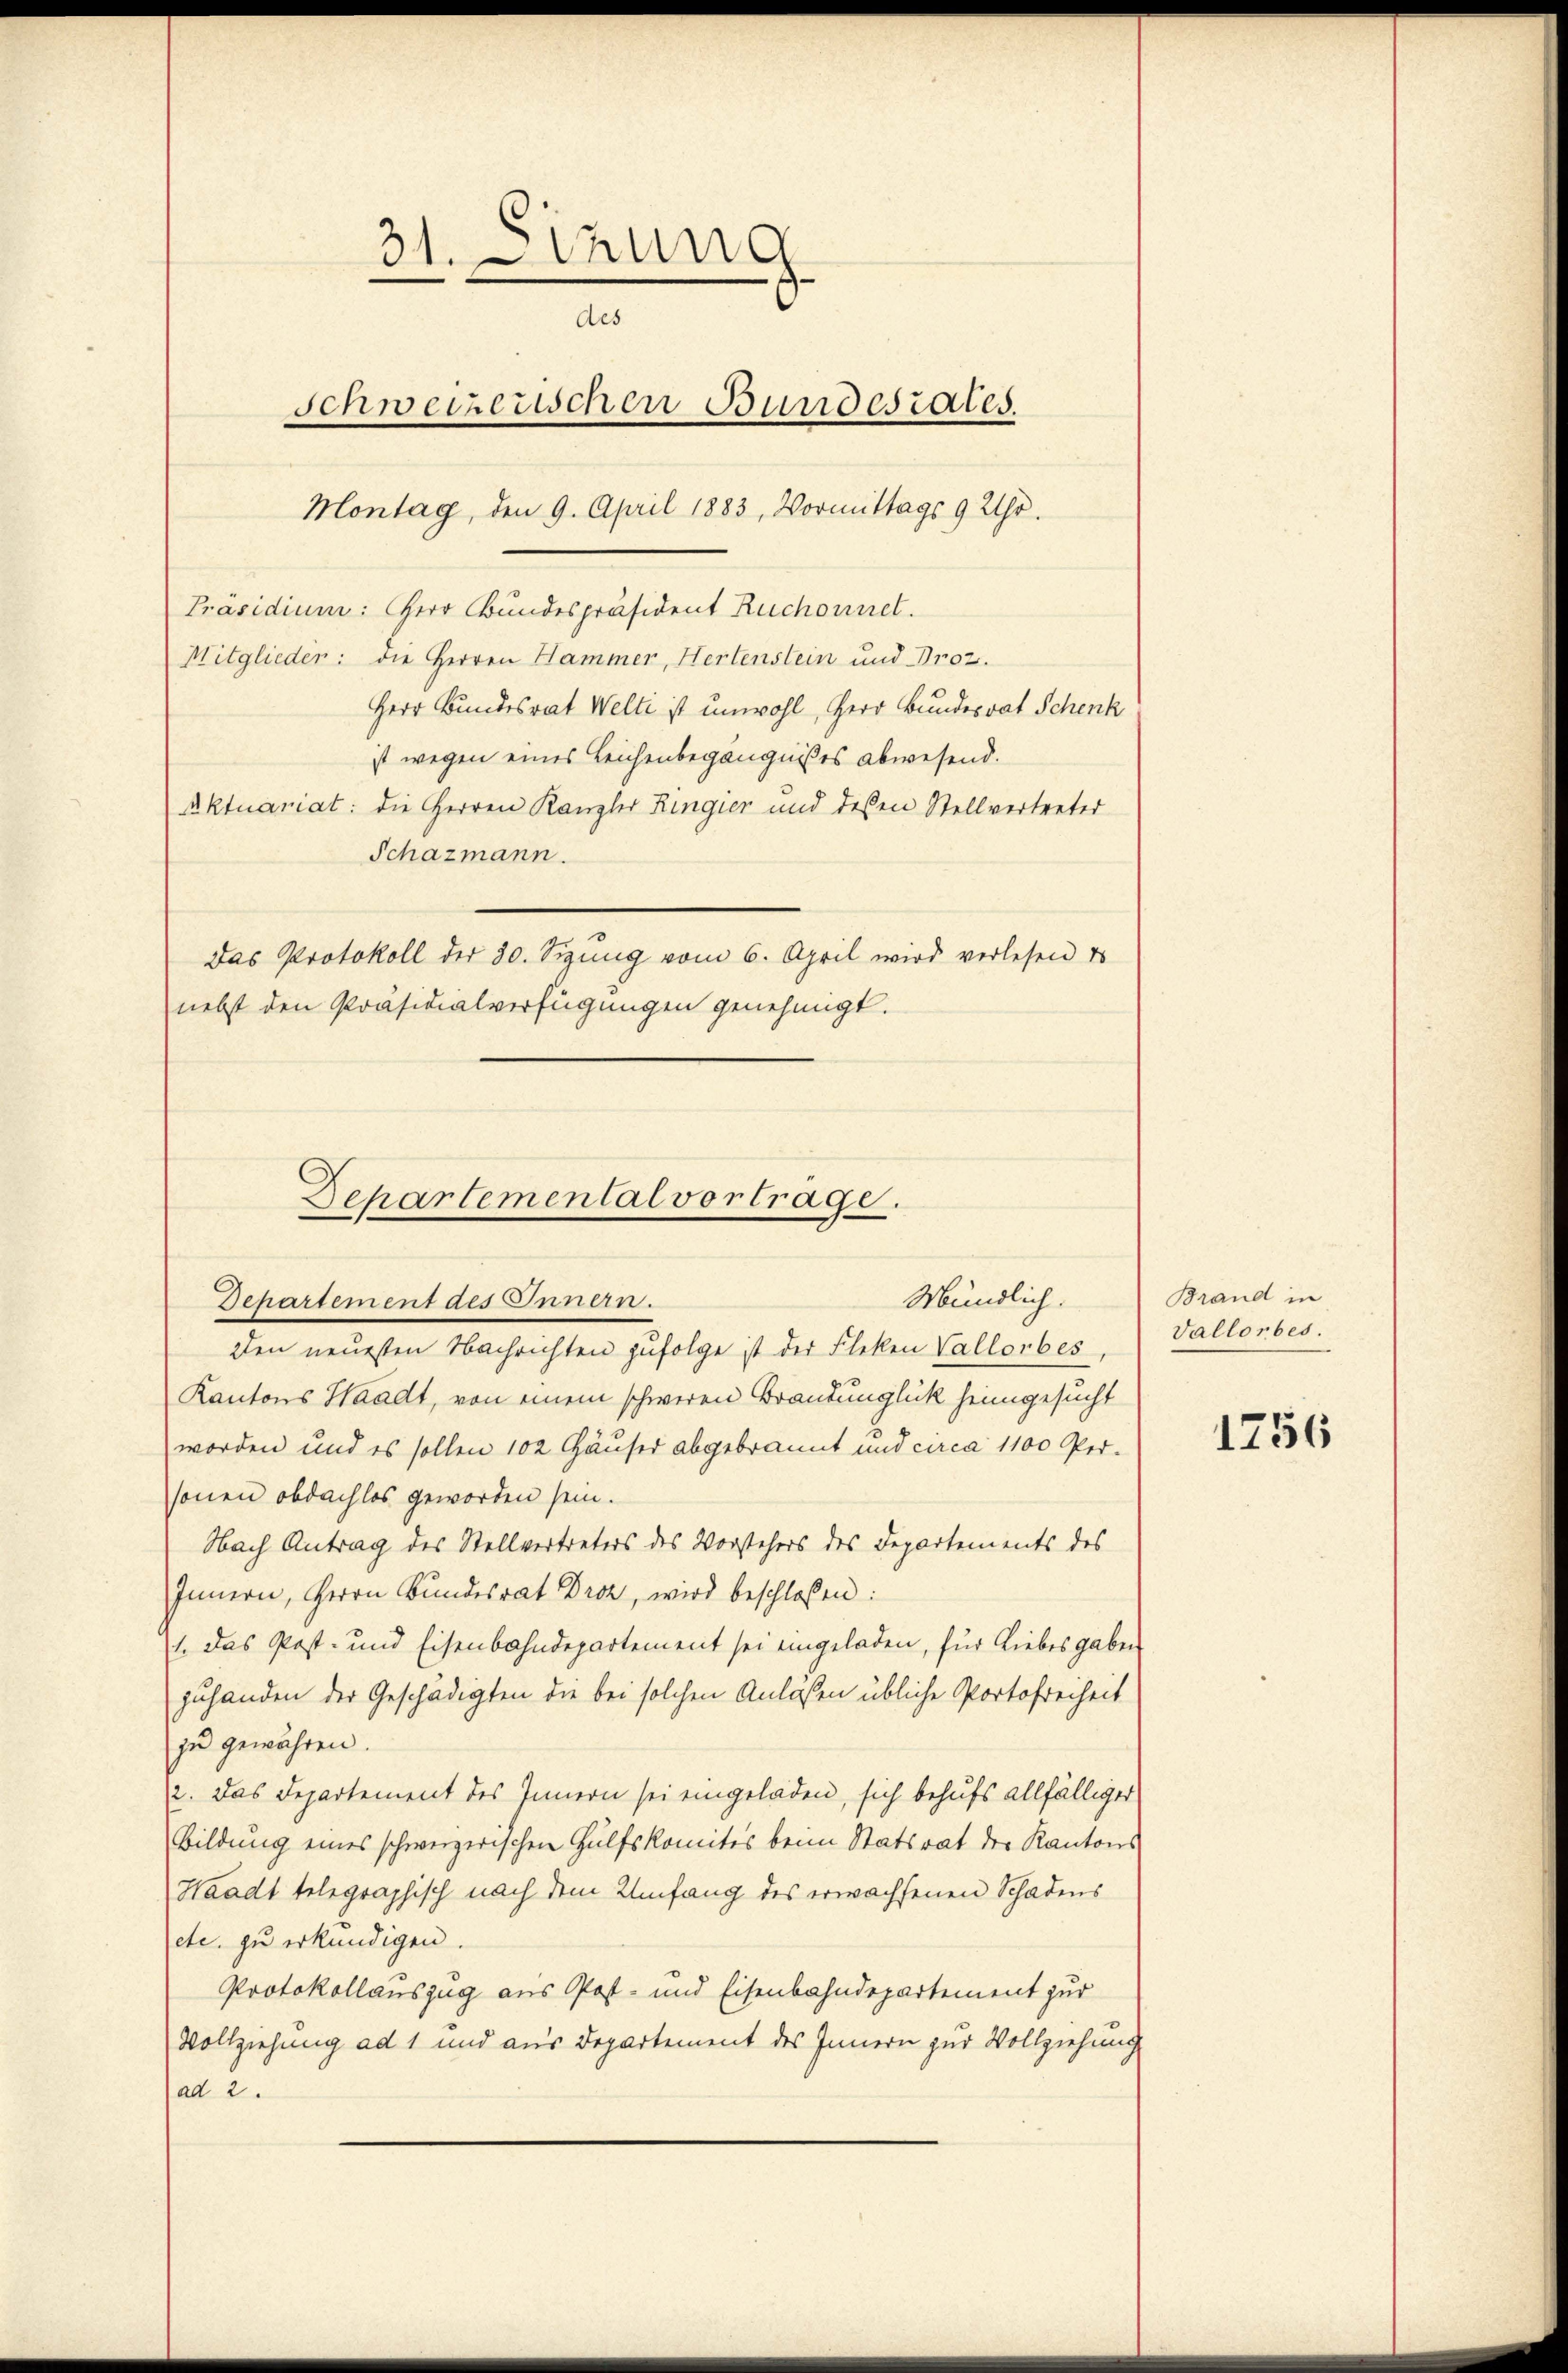
31. thung
des
Schweizerischen Bundesrates.
Montag, den 9. April 1883, Vormittags 9 Uhr.
Präsidium: HHerr Bundespräsident Ruchornet.
Mitglieder: die Herren Hammer, Hertenstein und Droz.
Herr Bundesrat Welti ist unwohl, Herr Bundesrat Schenk
ist wegen eines Leichenbegängnißes abwesend.
Aktuariat: die Herren Kanzler Ringier und dessen Stellvertreter
Schazmann.

Schartemental vortrage.
Mündlich.
Dehartement des Innern.
den neuesten Nachrichten zufolge ist der Fleken Vallorbes,

Das Protokoll der 30. Sigung vom 6. April wird verlesen is
nebst den Präsidialverfügungen genehmigt.

Kantons Waadt, von einem schweren Brandunglück heimgesucht
worden und es sollen 102 Häuser abgebrannt und circa 1100 Personen obdachlos geworden sein.
Nach Antrag des Stellvertreters des Vorstehers des Departements des
Innern, Herrn Bundesrat Droz, wird beschloßen:
1. Das Post- und Eisenbahndepartement sei eingeladen, für Liebes gaben
zuhanden der Geschädigten die bei solchen Anlassen übliche Portofreiheit
zu gewähren.
2. Das Departement des Innern sei eingeladen, sich behufs allfälliger
Bildung eines schweizerischen Hülfskomites beim Statsrat der Kantons
Waadt telegraphisch nach dem Umfang des erwachsenen Schadens
etc. zu erkundigen.
Protokollauszug aus Post- und Eisenbahndepartement zur
Vollziehung ad 1 und aus Departement des Innern zur Vollziehung
ad 2.

Brand in
Vallorbes.

1756